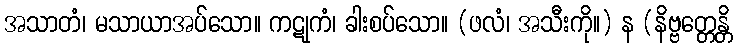
အသာတံ၊ မသာယာအပ်သော။ ကဋုကံ၊ ခါးစပ်သော။ (ဖလံ၊ အသီးကို။) န (နိဗ္ဗတ္တေန္တိ